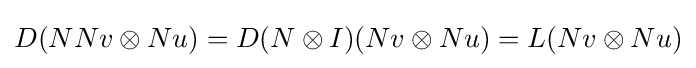
D(NNv\otimes Nu)=D(N\otimes I)(Nv\otimes Nu)=L(Nv\otimes Nu)